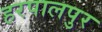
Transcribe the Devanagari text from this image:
हरपालपुर